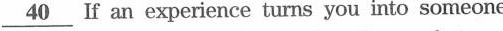
\underline{40} If an experience turns you into someone